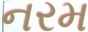
નરમ